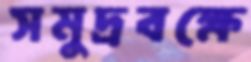
সমুদ্রবক্ষে